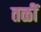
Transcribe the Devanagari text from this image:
तळीं